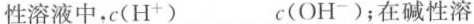
性溶液中，c(H^{+})___c(OH^{-})；在碱性溶